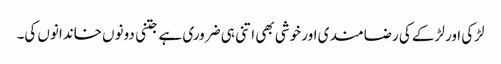
لڑکی اور لڑکے کی رضامند ی اور خوشی بھی اتنی ہی ضروری ہے جتنی دونوں خاندانوں کی۔